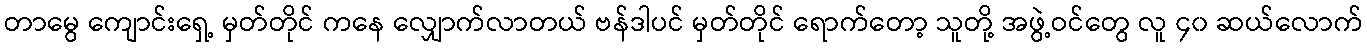
တာမွေ ကျောင်းရှေ့ မှတ်တိုင် ကနေ လျှောက်လာတယ် ဗန်ဒါပင် မှတ်တိုင် ရောက်တော့ သူတို့ အဖွဲ့ဝင်တွေ လူ ၄၀ ဆယ်လောက်